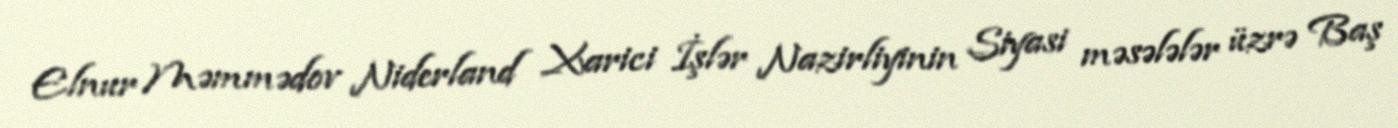
Elnur Məmmədov Niderland Xarici İşlər Nazirliyinin Siyasi məsələlər üzrə Baş